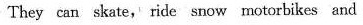
They can skate, ride snow motorbikes and